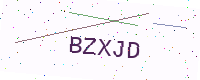
Text: BZXJD